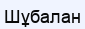
Шұбалан